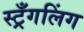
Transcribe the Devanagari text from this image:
स्ट्रँगलिंग